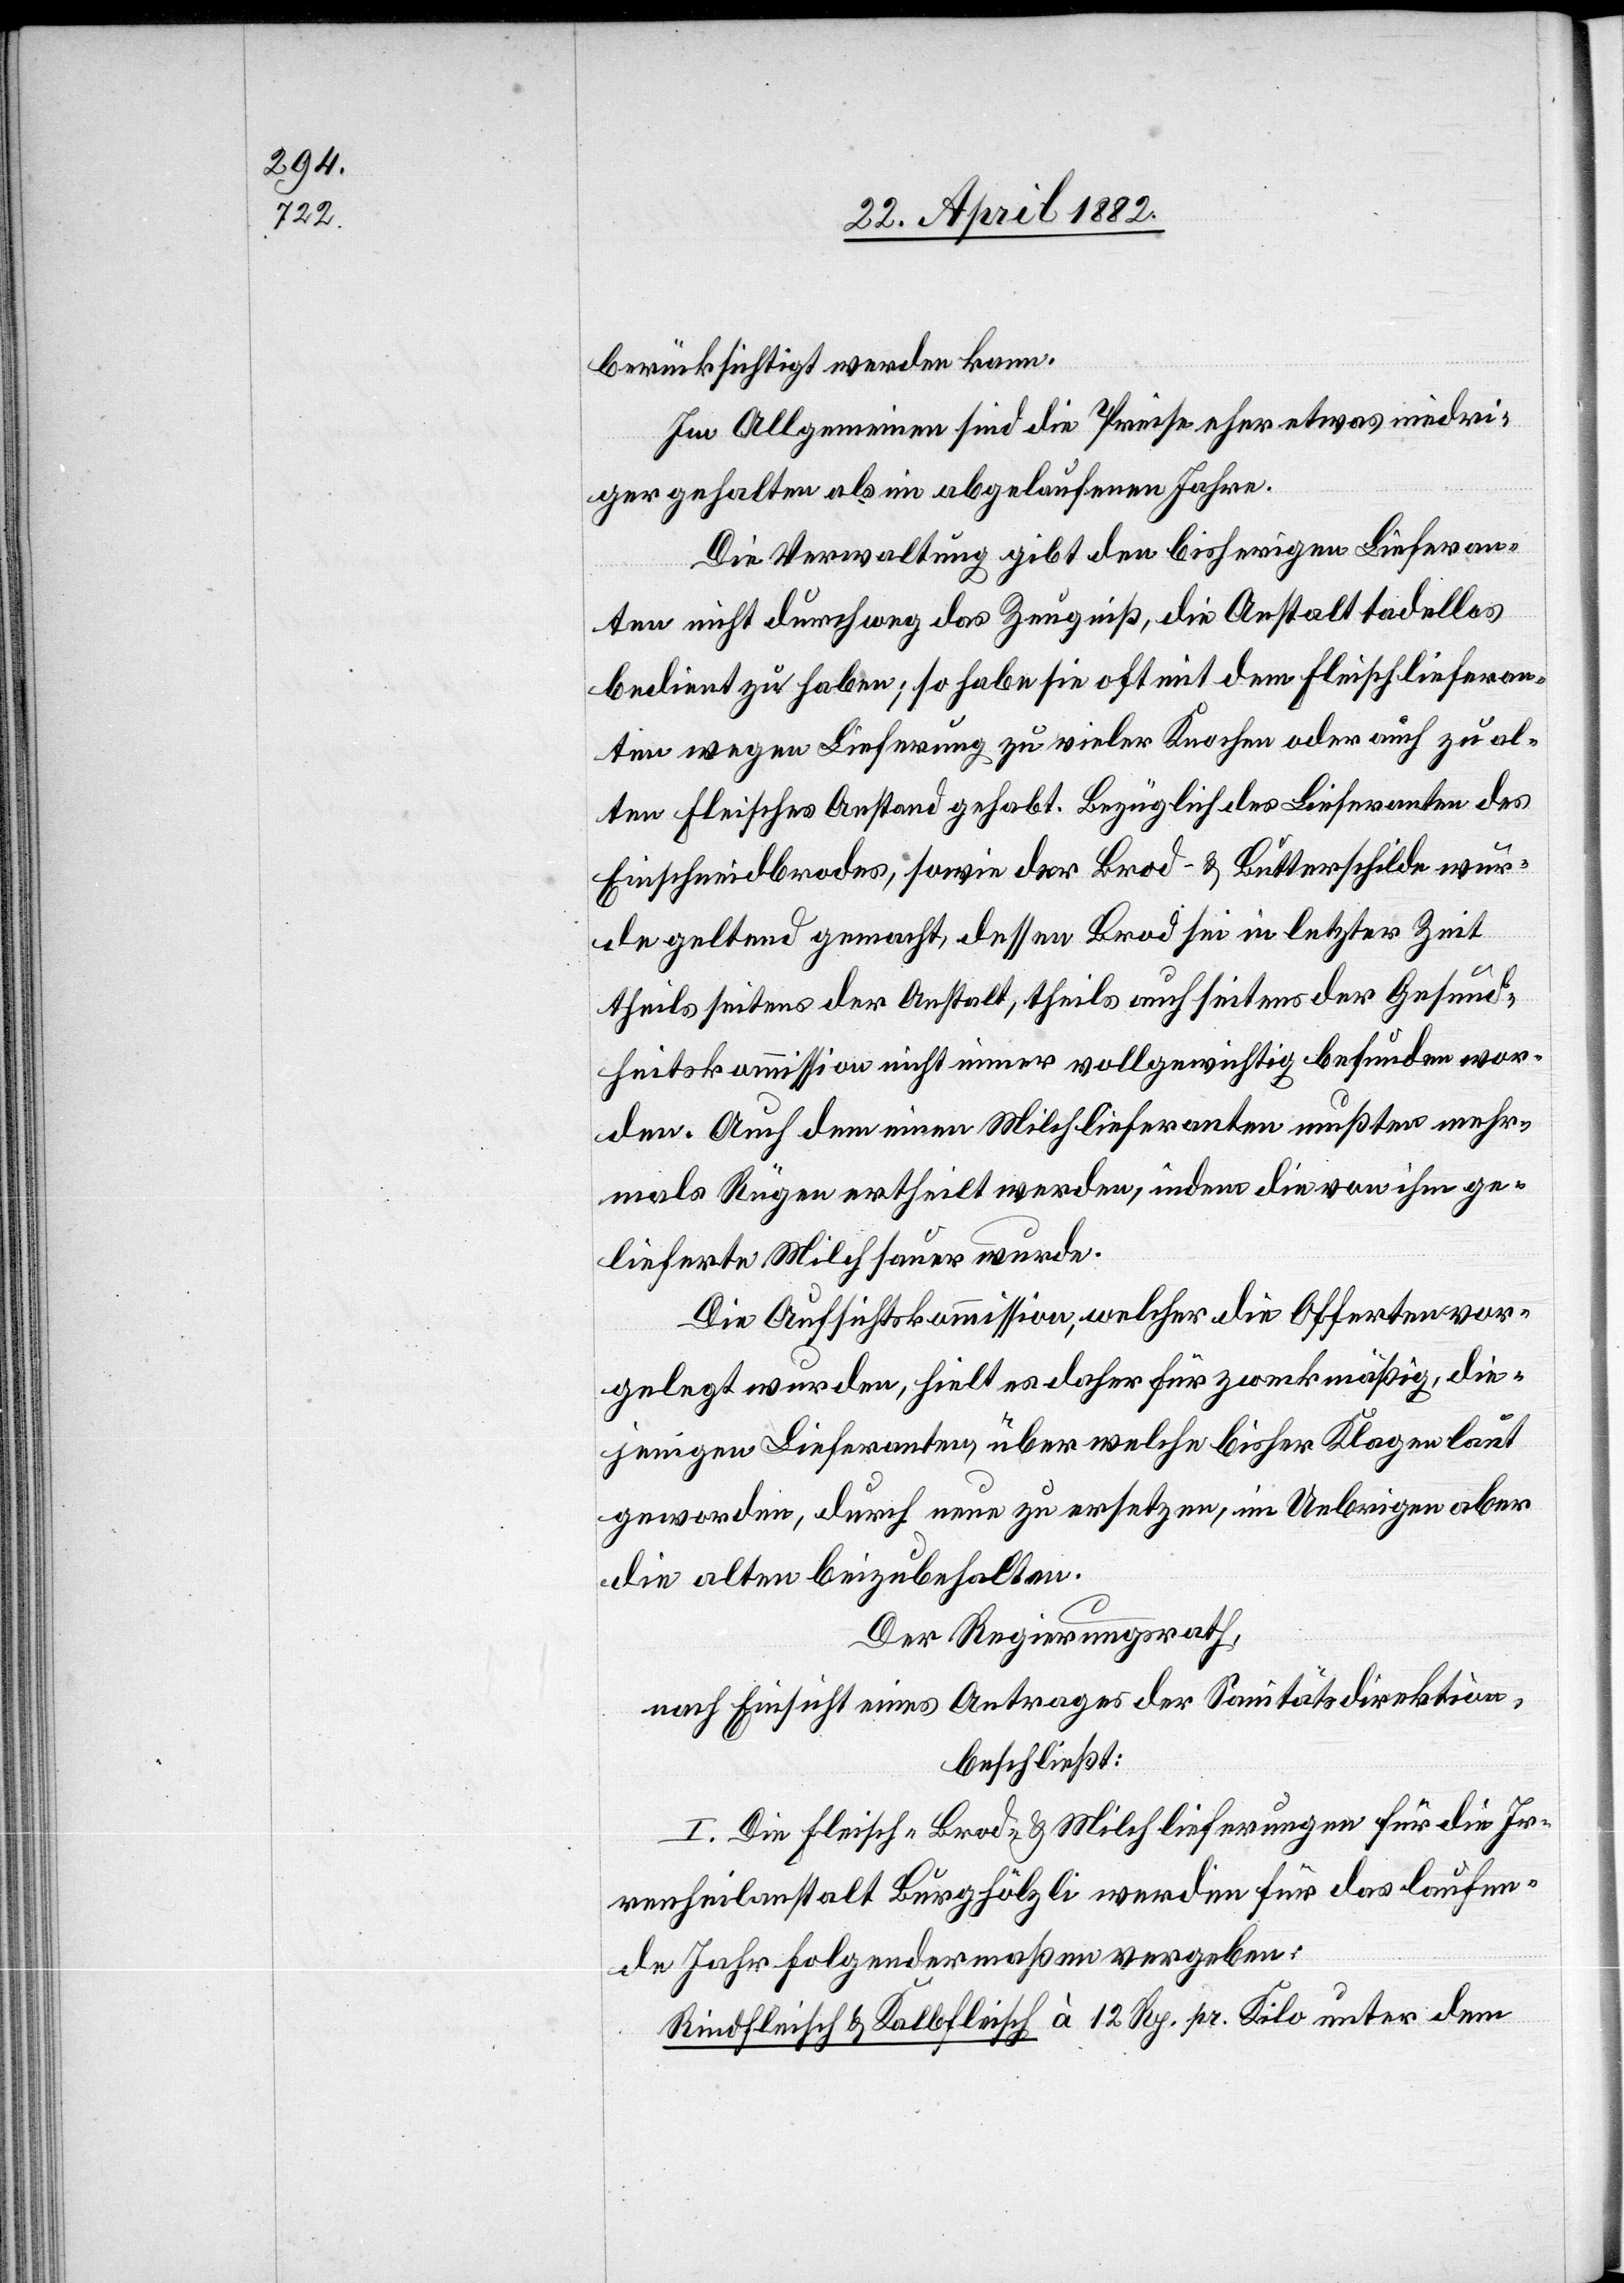
berücksichtigt werden kann.
Im Allgemeinen sind die Preise etwas niedri¬
ger gehalten als im abgelaufenen Jahre.
Die Verwaltung gibt den bisherigen Lieferan¬
ten nicht durchweg das Zeugniß, die Anstalt tadellos
bedient zu haben; so habe sie oft mit dem Fleischlieferan¬
ten wegen Lieferung zu vieler Knochen oder auch zu al¬
ten Fleisches Anstand gehabt. Bezüglich des Lieferanten des
Einschneidbrodes, sowie der Brod- & Butterschilde wur¬
de geltend gemacht, dessen Brod sei in letzter Zeit
theils seitens der Anstalt, theils auch seitens der Gesund¬
heitskommission nicht immer vollgewichtig befunden wor¬
den. Auch dem einen Milchlieferanten mußten mehr¬
mals Rügen ertheilt werden, indem die von ihm ge¬
lieferte Milch sauer wurde.
Die Aufsichtskommission, welcher die Offerten vor¬
gelegt wurden, hielt es daher für zweckmäßig, die¬
jenigen Lieferanten, über welche bisher Klagen laut
geworden, durch neue zu ersetzen, im Uebrigen aber
die alten beizubehalten.
Der Regierungsrath,
nach Einsicht eines Antrages der Sanitätsdirektion,
beschließt:
I. Die Fleisch-[,] Brod- & Milchlieferungen für die Ir¬
renheilanstalt Burghölzli werden für das laufen¬
de Jahr folgendermaßen vergeben:
Rindfleisch & Kalbfleisch à 12 Rp. pr. Kilo unter dem